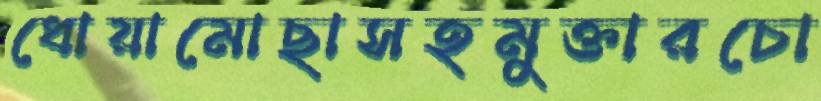
ধোয়ামোছাসহমুক্তারচো